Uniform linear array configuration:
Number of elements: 16
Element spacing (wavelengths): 0.75
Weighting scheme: binomial
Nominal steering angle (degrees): -45
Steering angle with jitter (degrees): -45.823
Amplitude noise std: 0.05
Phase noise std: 0.05

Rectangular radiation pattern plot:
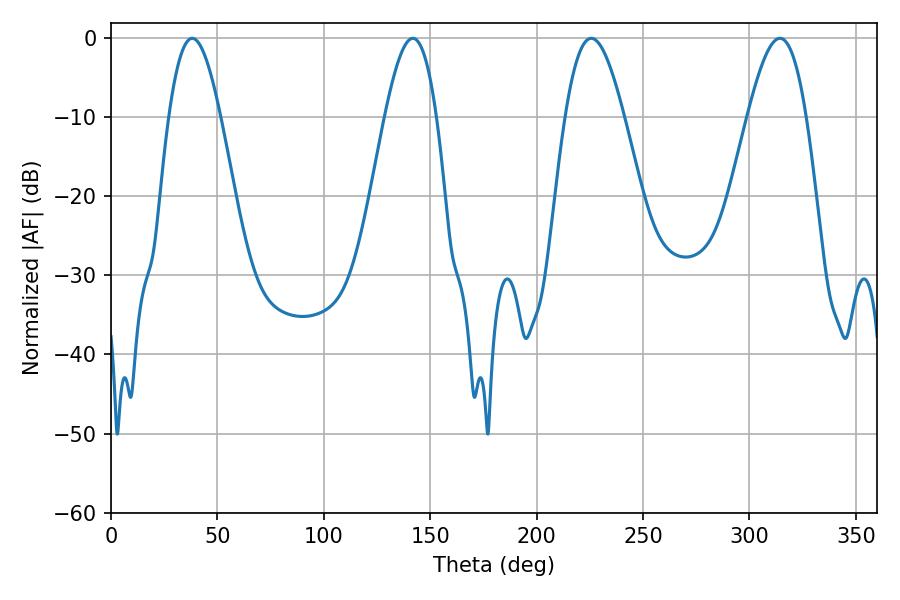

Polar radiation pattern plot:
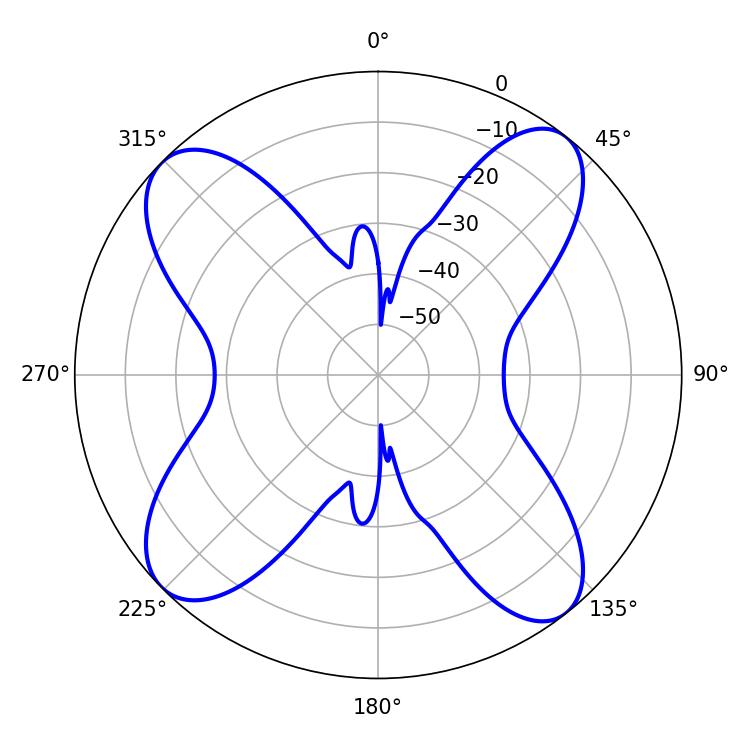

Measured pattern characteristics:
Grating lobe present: TRUE
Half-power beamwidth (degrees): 13.14
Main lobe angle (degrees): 38.16